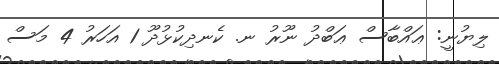
ލިޔުނީ: ޢައްބާސް ޢަބްދު ނޫރު ނ. ކެނދިކުޅުދޫ 1 އަހަރު 4 މަސް